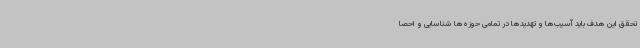
تحقق این هدف باید آسیب‌ها و تهدیدها در تمامی حوزه‌ها شناسایی و احصا